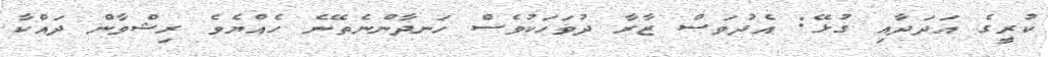
ކުރީގެ އަދަދާއި ގުޅޭ: އެދުވަސް ޒާރާ ދުވަހަކުވެސް ހަނދާންނެތޭނެ ހެއްޔެވެ ރިޝްވާން ދައްކާ